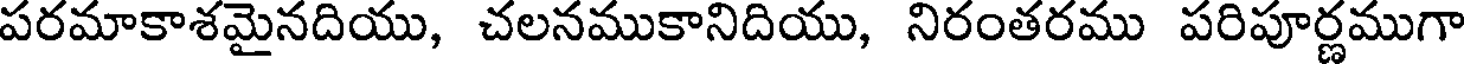
పరమాకాశమైనదియు, చలనముకానిదియు, నిరంతరము పరిపూర్ణముగా